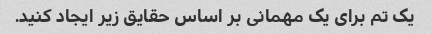
یک تم برای یک مهمانی بر اساس حقایق زیر ایجاد کنید.